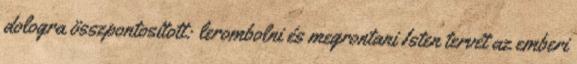
dologra összpontosított: lerombolni és megrontani Isten tervét az emberi